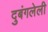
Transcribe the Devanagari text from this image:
दुबंगलेली